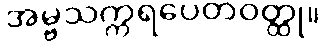
အမ္ဗသက္ကရပေတဝတ္ထု။